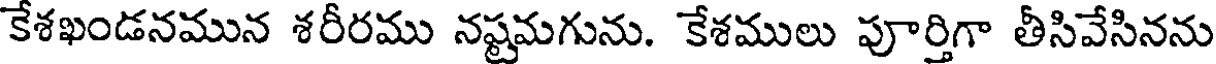
కేశఖండనమున శరీరము నష్టమగును. కేశములు పూర్తిగా తీసివేసినను